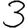
Digit: 3